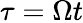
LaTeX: \tau=\Omega t